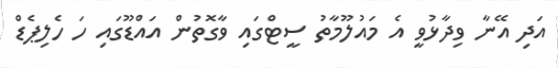
އަދި އޭނާ ވިދާޅުވީ އެ މައުލޫމާތު ސީޓްގައި ވާގޮތުން އައްޑޫގައި ހަ ހެލިޕެޑް